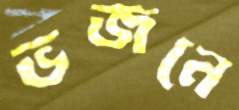
ভজনে